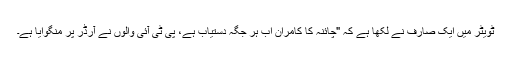
ٹویٹر میں ایک صارف نے لکھا ہے کہ "چائنہ کا کامران اب ہر جگہ دستیاب ہے، پی ٹی آئی والوں نے آرڈر پر منگوایا ہے۔